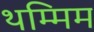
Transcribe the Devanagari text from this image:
थम्मिम